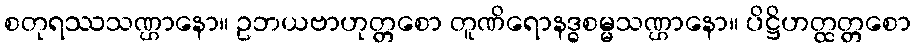
စတုရဿသဏ္ဌာနော။ ဥဘယဗာဟုတ္တစော တူဏိရောနဒ္ဓစမ္မသဏ္ဌာနော။ ပိဋ္ဌိဟတ္ထတ္တစော